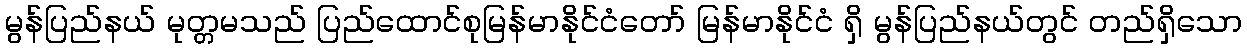
မွန်ပြည်နယ် မုတ္တမသည် ပြည်ထောင်စုမြန်မာနိုင်ငံတော် မြန်မာနိုင်ငံ ရှိ မွန်ပြည်နယ်တွင် တည်ရှိသော